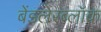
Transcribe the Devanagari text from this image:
बेंडलेरब्लॉक